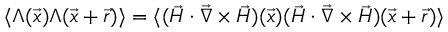
\langle \Lambda ( \vec { x } ) \Lambda ( \vec { x } + \vec { r } ) \rangle = \langle ( \vec { H } \cdot \vec { \nabla } \times \vec { H } ) ( \vec { x } ) ( \vec { H } \cdot \vec { \nabla } \times \vec { H } ) ( \vec { x } + \vec { r } ) \rangle